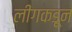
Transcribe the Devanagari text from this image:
लीगकडून